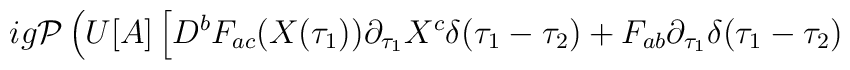
ig{\cal P} \left( U[A] \left[ D^b F_{ac} (X(\tau_1))\partial_{\tau_1} X^c \delta (\tau_1 - \tau_2) + F_{ab}\partial_{\tau_1} \delta (\tau_1 - \tau_2) \right. \right.